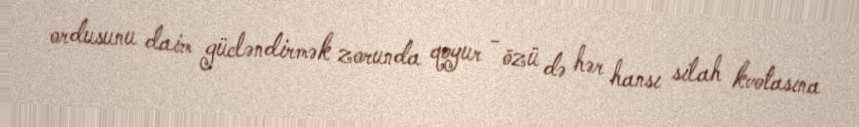
ordusunu daim gücləndirmək zorunda qoyur - özü də hər hansı silah kvotasına